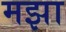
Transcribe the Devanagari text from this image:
मझा